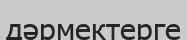
дәрмектерге